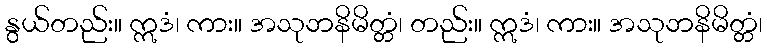
နွယ်တည်း။ ဣဒံ၊ ကား။ အသုဘနိမိတ္တံ၊ တည်း။ ဣဒံ၊ ကား။ အသုဘနိမိတ္တံ၊